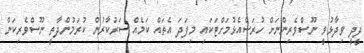
ދީދީ ވިދާޅުވީ ނޫސްވެރިންނަށް ހުރަސްއެޅުމަށްޓަކައި މިފަދަ އެތައް ކަމެއް ސަރުކާރުން ކުރަމުންދާތީ ނޫސްވެރިކަން